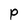
Character: P